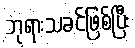
ဘုရားသခင်ဖြစ်ပြီး